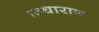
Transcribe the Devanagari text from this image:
।उधाराण